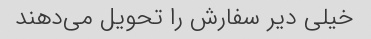
خیلی دیر سفارش را تحویل می‌دهند